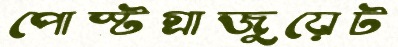
পোস্টগ্রাজুয়েট